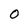
Character: O